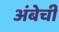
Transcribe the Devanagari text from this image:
अंबेची